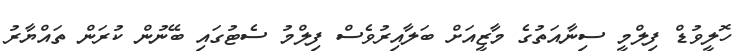
ހޮލީވުޑް ފިލްމީ ސިނާއަތުގެ މާޒީއަށް ބަލާއިރުވެސް ފިލްމު ސެޓުގައި ބޭނުން ކުރަން ތައްޔާރު